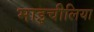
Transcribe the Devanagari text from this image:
माइचीलिया